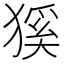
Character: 𤠓